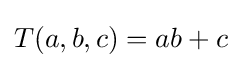
T(a,b,c)=ab+c